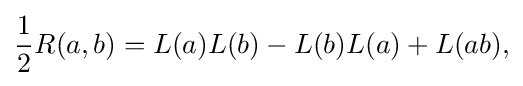
\displaystyle {{\frac {1}{2}}R(a,b)=L(a)L(b)-L(b)L(a)+L(ab),}